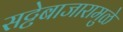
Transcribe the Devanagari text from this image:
सट्टेबाजारामुळे